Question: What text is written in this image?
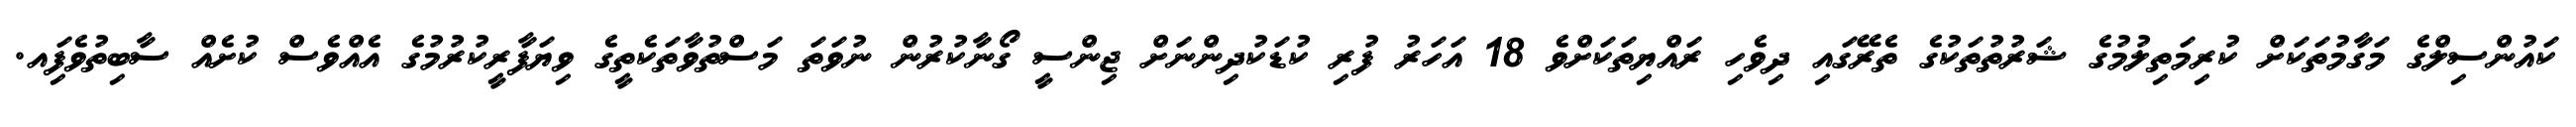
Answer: ކައުންސިލްގެ މަގާމުތަކަށް ކުރިމަތިލުމުގެ ޝަރުތުތަކުގެ ތެރޭގައި ދިވެހި ރައްޔިތަކަށްވެ 18 އަހަރު ފުރި ކުޑަކުދިންނަށް ޖިންސީ ގޯނާކުރުން ނުވަތަ މަސްތުވާތަކެތީގެ ވިޔަފާރީކުރުމުގެ އެއްވެސް ކުށެއް ސާބިތުވެފަިއ.